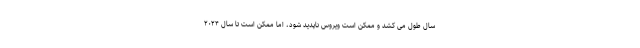
سال طول می کشد و ممکن است ویروس ناپدید شود، اما ممکن است تا سال ۲۰۲۴